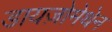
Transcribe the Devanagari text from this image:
डायज़ोमेथेन